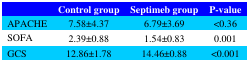
|  | Control group | Septimeb group | P-value |
 | --- | --- | --- | --- |
 | APACHE | 7.58±4.37 | 6.79±3.69 | <0.36 |
 | SOFA | 2.39±0.88 | 1.54±0.83 | 0.001 |
 | GCS | 12.86±1.78 | 14.46±0.88 | <0.001 |